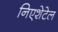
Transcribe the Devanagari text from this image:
निएशेटेल